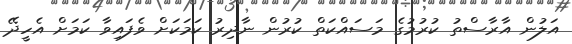
އަލުން އާރާސްތު ކުރުމުގެ މަސައްކަތް ކުރުން ނާދިރު ކަމަކަށް ވެފައިވާ ކަމަށް އެހީދޭ